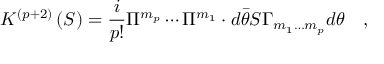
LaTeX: K ^ { \left( p + 2 \right) } \left( S \right) = \frac i { p ! } \Pi ^ { m _ { p } } \cdots \Pi ^ { m _ { 1 } } \cdot d \bar { \theta } S \Gamma _ { m _ { 1 } \ldots m _ { p } } d \theta \quad ,